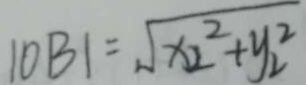
\vert O B \vert = \sqrt { x _ { 2 } ^ { 2 } + y _ { 2 } ^ { 2 } }